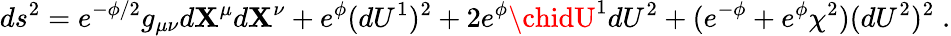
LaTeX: ds^{2}=e^{-\phi/2}g_{\mu\nu}d\mathbf{X}^{\mu}d\mathbf{X}^{\nu}+e^{\phi}(dU^{1})^{2}+2e^{\phi}\chidU^{1}dU^{2}+(e^{-\phi}+e^{\phi}\chi^{2})(dU^{2})^{2}\; .